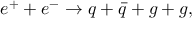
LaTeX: e ^ { + } + e ^ { - } \rightarrow q + \bar { q } + g + g ,